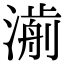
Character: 𣾅